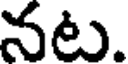
నట.